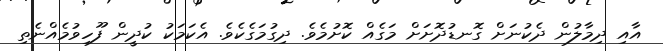
އާއި ދިމާލުން ދެކުނަށް ގޮނޑުދޮށަށް މަގެއް ކޮށުމެވެ. ދިގުމަގެކެވެ. އެކަމަކު ކުދީން ފޫހިވުމެއްނެތި